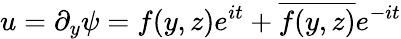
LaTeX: u=\partial_{y}\psi=f(y,z)e^{it}+\overline{{f(y,z)}}e^{-it}